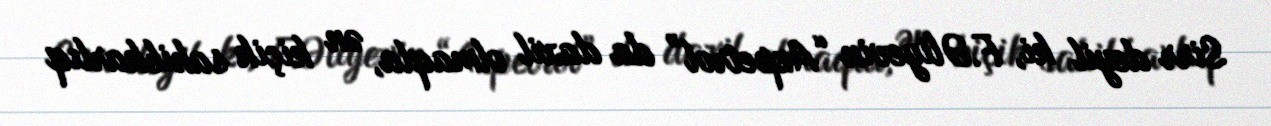
Sirr deyil ki, F.Əliyevin “Azpetrol” da daxil olmaqla, ən kiçik sahibkarlıq